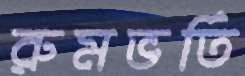
রুমভর্তি